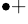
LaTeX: ^{\bullet+}